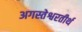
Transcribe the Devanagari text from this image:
अगस्तेश्वरतीर्थ